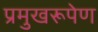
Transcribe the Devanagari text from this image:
प्रमुखरूपेण